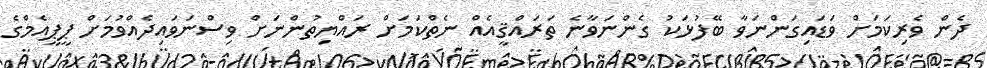
ދެން ވެރިކަމަށް ވަޑައިގަންނަވާ ބޭފުޅަކު ގެންނަވާނެ ތަރައްޤީއެއް ނެތްކަމަށް ރައްޔިތުންނަށް ވިސްނަވައިދެއްވުމަށް ޕީޕީއެމްގެ